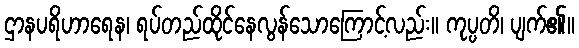
ဌာနပရိဟာရေန၊ ရပ်တည်ထိုင်နေလွန်သောကြောင့်လည်း။ ကုပ္ပတိ၊ ပျက်၏။